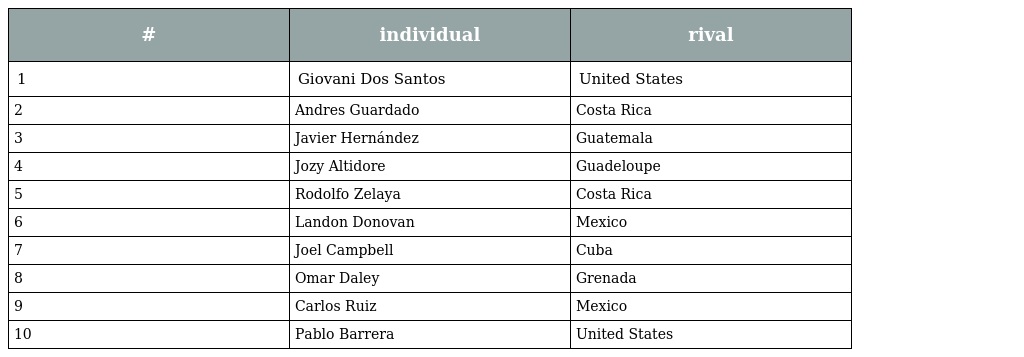
| # | individual | rival |
 | --- | --- | --- |
 | 1 | Giovani Dos Santos | United States |
 | 2 | Andres Guardado | Costa Rica |
 | 3 | Javier Hernández | Guatemala |
 | 4 | Jozy Altidore | Guadeloupe |
 | 5 | Rodolfo Zelaya | Costa Rica |
 | 6 | Landon Donovan | Mexico |
 | 7 | Joel Campbell | Cuba |
 | 8 | Omar Daley | Grenada |
 | 9 | Carlos Ruiz | Mexico |
 | 10 | Pablo Barrera | United States |